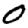
Digit: 0